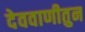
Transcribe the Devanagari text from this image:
देववाणीतुन